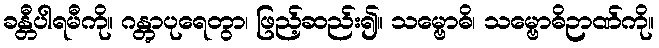
ခန္တီပါရမီကို။ ဂန္တွာပုရေတွာ၊ ဖြည့်ဆည်း၍။ သမ္ဗောဓိ၊ သမ္ဗောဓိဉာဏ်ကို။